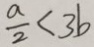
\frac { a } { 2 } < 3 b